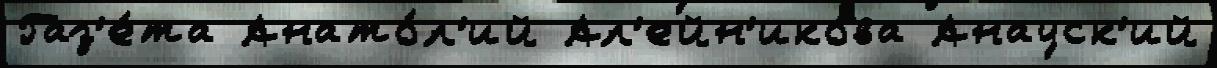
Газ'е́та Анато́л'ий Ал'ейн'икова Анауск'ий